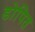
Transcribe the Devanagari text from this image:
डोपित